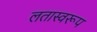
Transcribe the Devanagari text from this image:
लतास्वरूप